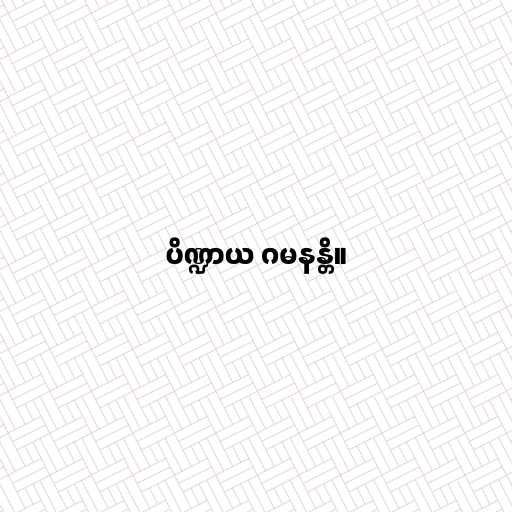
ပိဏ္ဍာယ ဂမနန္တိ။